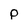
Character: p